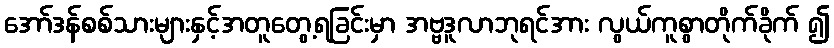
အော်ဒန်စစ်သားများနှင့်အတူတွေ့ရခြင်းမှာ အဗ္ဗဒူလာဘုရင်အား လွယ်ကူစွာတိုက်ခိုက် ၍